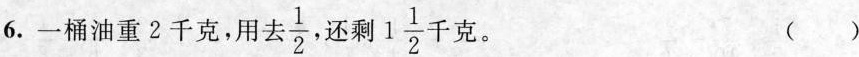
6. 一桶油重2千克，用去 \frac{1}{2}还剩 1\frac{1}{2}克。 ( )